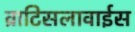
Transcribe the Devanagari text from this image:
व्राटिसलावाईस